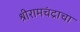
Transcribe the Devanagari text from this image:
श्रीरामचंद्राचा